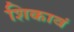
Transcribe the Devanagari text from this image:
शिकावं